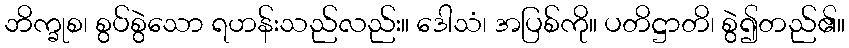
ဘိက္ခုစ၊ စွပ်စွဲသော ရဟန်းသည်လည်း။ ဒေါသံ၊ အပြစ်ကို။ ပတိဋ္ဌာတိ၊ စွဲ၍တည်၏။